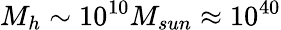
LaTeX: M_{h}\sim 10^{10}M_{sun}\approx 10^{40}